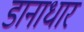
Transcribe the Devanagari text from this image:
डानाधार